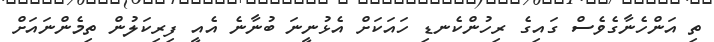
ތި އަންހެނާގެވެސް ގައިގެ ރިހުންކެނޑި ހައަކަށް އެޅުނީނަ ބުނާނެ އެއީ ފިރިކަލުން ތިމެންނައަށް